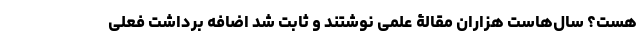
هست؟ سال‌هاست هزاران مقالۀ علمی نوشتند و ثابت شد اضافه برداشت فعلی